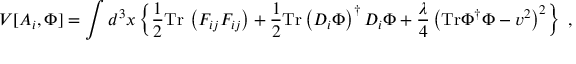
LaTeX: V [ A _ { i } , \Phi ] = \int d ^ { 3 } x \left\{ \frac { 1 } { 2 } \mathrm { T r } \, \left( F _ { i j } F _ { i j } \right) + \frac { 1 } { 2 } \mathrm { T r } \left( D _ { i } \Phi \right) ^ { \dagger } D _ { i } \Phi + \frac { \lambda } { 4 } \left( \mathrm { T r } \Phi ^ { \dagger } \Phi - v ^ { 2 } \right) ^ { 2 } \right\} \ ,